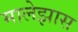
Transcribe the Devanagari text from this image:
मालेझास